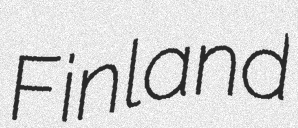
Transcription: Finland